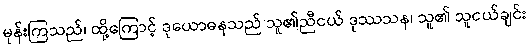
မုန်းကြသည်၊ ထို့ကြောင့် ဒုယောဓနသည် သူ၏ညီငယ် ဒုဿသန၊ သူ၏ သူငယ်ချင်း